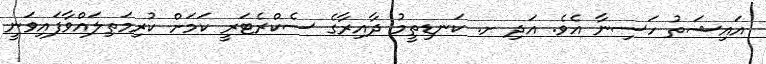
އައިޝަތު ހަސިނާ އެވެ. އަދި ށ. ކަނޑިތީމު ދާއިރާގެ ސެކްރެޓަރީ ކަމަށް ކުރިމަތިލައްވާފައިވަނީ